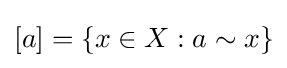
[a]=\{x\in X:a\sim x\}